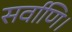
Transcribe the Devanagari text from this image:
सर्वाणि।